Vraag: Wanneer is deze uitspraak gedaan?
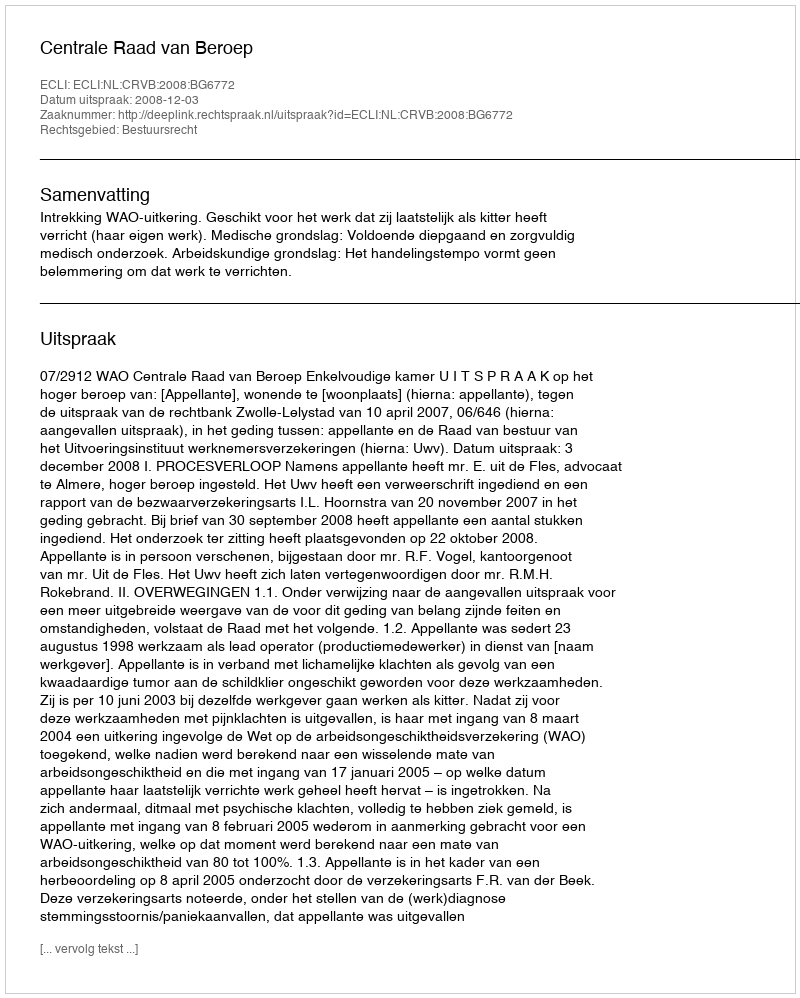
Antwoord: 2008-12-03